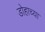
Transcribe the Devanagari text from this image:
डोहाच्या